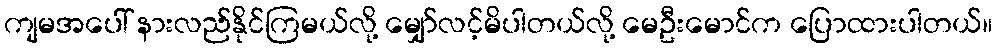
ကျမအပေါ် နားလည်နိုင်ကြမယ်လို့ မျှော်လင့်မိပါတယ်လို့ မေဦးမောင်က ပြောထားပါတယ်။